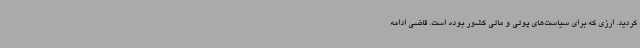
کردید. ارزی که برای سیاست‌های پولی و مالی کشور بوده است. قاضی ادامه